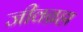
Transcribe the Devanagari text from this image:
जीवब्रह्म